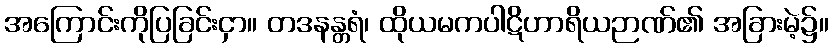
အကြောင်းကိုပြခြင်းငှာ။ တဒနန္တရံ၊ ထိုယမကပါဋိဟာရိယဉာဏ်၏ အခြားမဲ့၌။